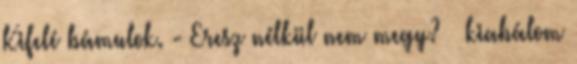
Kifelé bámulok. - Eresz nélkül nem megy? – kiabálom